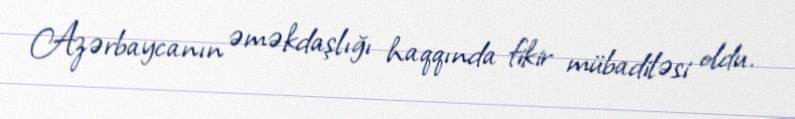
Azərbaycanın əməkdaşlığı haqqında fikir mübadiləsi oldu.